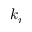
k _ { r }